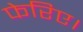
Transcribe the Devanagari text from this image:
फेरिए।